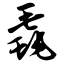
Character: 毳